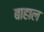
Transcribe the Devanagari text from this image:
बाहाल